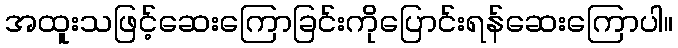
အထူးသဖြင့်ဆေးကြောခြင်းကိုပြောင်းရန်ဆေးကြောပါ။